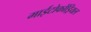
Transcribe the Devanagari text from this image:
माईटोकोंड्रियल